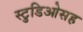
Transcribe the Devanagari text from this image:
स्टुडिओसह